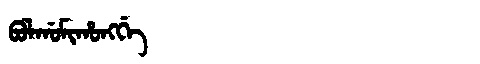
Manchu: ᠪᠣᠯᡤᠣᠮᡳᡥᠣᠩᡤᡝ
Romanization: BOLGOMIHONGGE